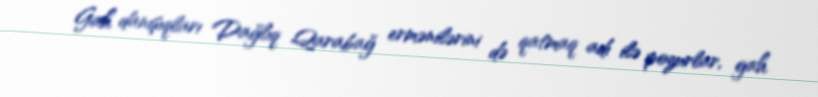
Gah danışıqları Dağlıq Qarabağ ermənilərini də qatmaq adı ilə pozurlar, gah